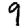
Digit: 9